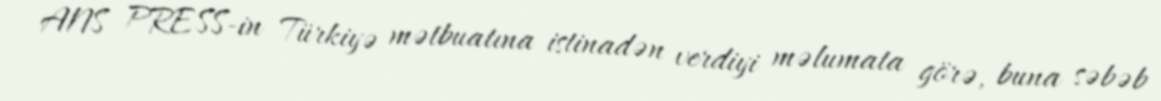
ANS PRESS-in Türkiyə mətbuatına istinadən verdiyi məlumata görə, buna səbəb